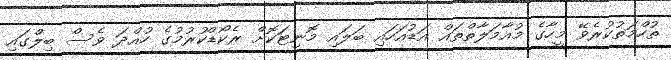
ތުހްމަތުކުރެވޭ މީހާގެ މުއާމަލާތްތައް އަޑުއަހައި ބަލައި މޮނިޓަކޮށް ރެކޯޑްކުރުމުގެ ހުއްދަ ވެސް ބިލްގައި